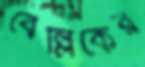
বেল্লিকের